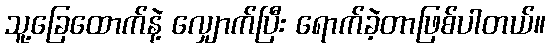
သူ့ခြေထောက်နဲ့ လျှောက်ပြီး ရောက်ခဲ့တာဖြစ်ပါတယ်။